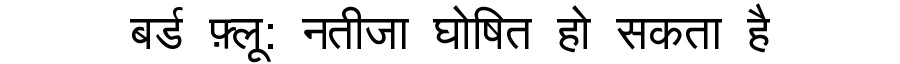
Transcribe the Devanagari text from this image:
बर्ड फ़्लू: नतीजा घोषित हो सकता है